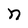
Character: n